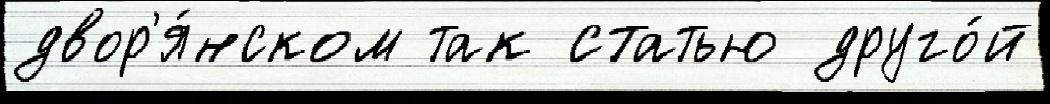
двор'я́нском так статью друго́й